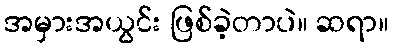
အမှားအယွင်း ဖြစ်ခဲ့တာပဲ။ ဆရာ။